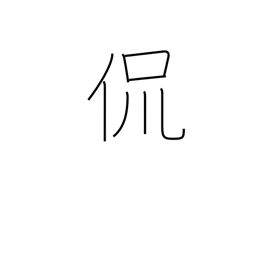
Meaning: just